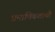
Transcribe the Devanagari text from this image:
प्रमाणिकताथी